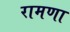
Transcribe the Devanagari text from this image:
रामणा